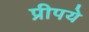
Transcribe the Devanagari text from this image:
प्रीपये